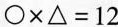
$$\circ \times △ = 1 2$$